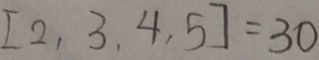
[ 2 , 3 , 4 , 5 ] = 3 0